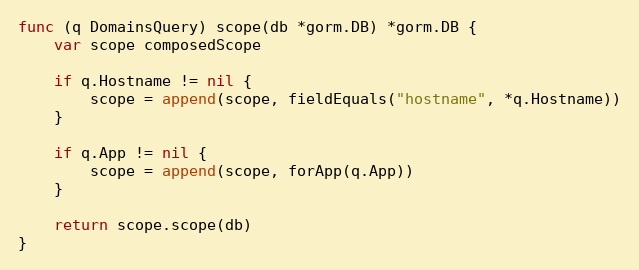
Language: Go
func (q DomainsQuery) scope(db *gorm.DB) *gorm.DB {
	var scope composedScope

	if q.Hostname != nil {
		scope = append(scope, fieldEquals("hostname", *q.Hostname))
	}

	if q.App != nil {
		scope = append(scope, forApp(q.App))
	}

	return scope.scope(db)
}